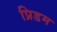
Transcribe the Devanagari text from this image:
प्रिडम